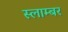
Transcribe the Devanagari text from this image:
स्लाम्बर